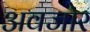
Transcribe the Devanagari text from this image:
अवजोर